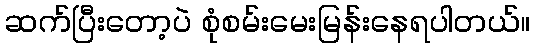
ဆက်ပြီးတော့ပဲ စုံစမ်းမေးမြန်းနေရပါတယ်။